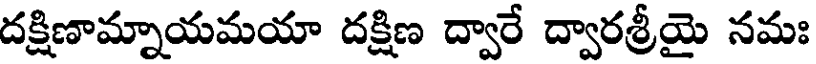
దక్షిణామ్నాయమయా దక్షిణ ద్వారే ద్వారశ్రీయై నమః